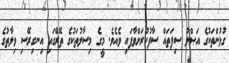
ގުޅުންތަކުގެ އަޞްލު ސިފަތައް ސާފުކުރަށްވާފައި ވެއެވެ. މީގެ މިސާލުތަކުގެ ތޭރޭގައި އިނގިރޭސި ވިލާތުގެ